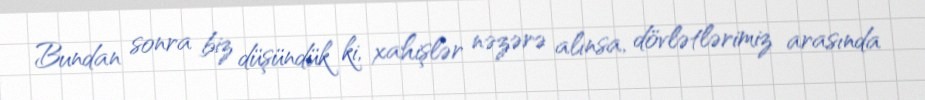
Bundan sonra biz düşündük ki, xahişlər nəzərə alınsa, dövlətlərimiz arasında